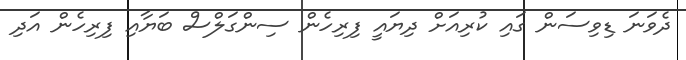
ދެވަނަ ޑިވިސަން ގައި ކުރިއަށް ދިޔައީ ފިރިހެން ސިންގަލްސް ބަޔާއި ފިރިހެން އަދި